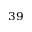
^ { 3 9 }